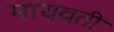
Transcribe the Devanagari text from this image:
मायवती